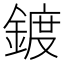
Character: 鍍